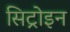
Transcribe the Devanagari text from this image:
सिट्रोइन